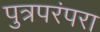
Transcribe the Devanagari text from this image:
पुत्रपरंपरा